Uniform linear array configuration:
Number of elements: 32
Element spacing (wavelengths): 0.5
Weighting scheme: blackman
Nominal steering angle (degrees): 0
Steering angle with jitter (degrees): -0.3862
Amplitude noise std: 0.05
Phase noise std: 0.05

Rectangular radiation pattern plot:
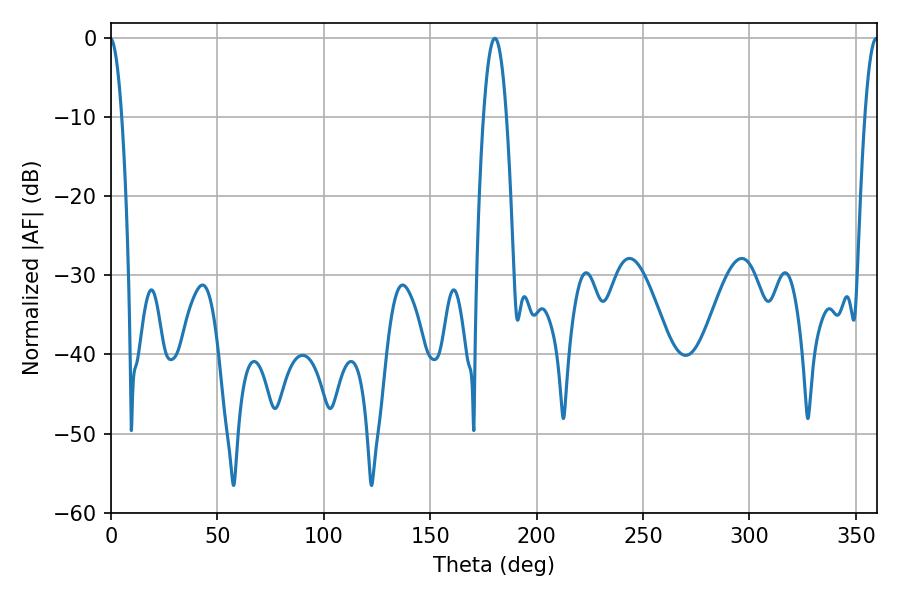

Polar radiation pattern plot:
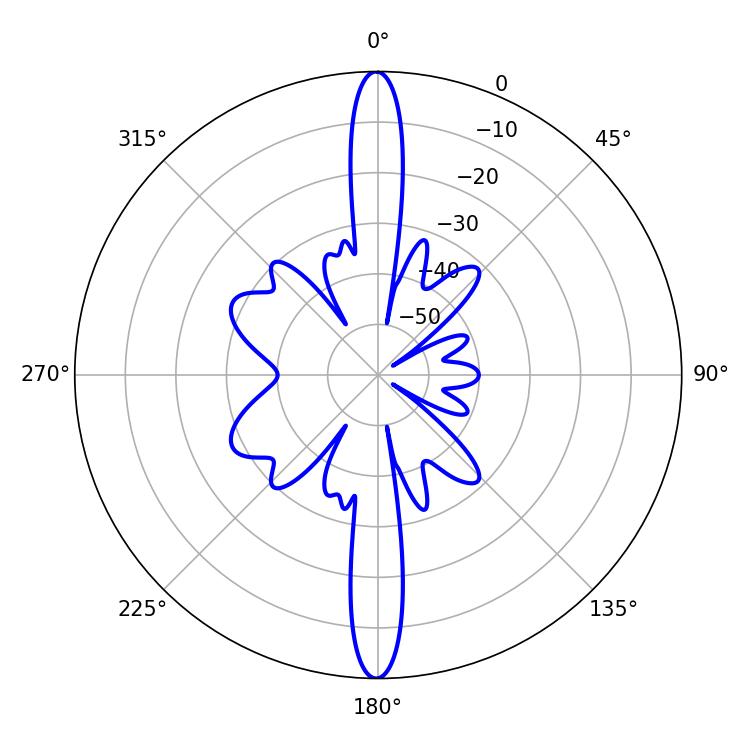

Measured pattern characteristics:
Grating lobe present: FALSE
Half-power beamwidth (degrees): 5.94
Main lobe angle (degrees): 180.36